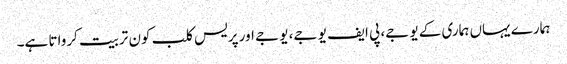
ہمارے یہاں ہماری کے یو جے، پی ایف یو جے، یو جے اور پریس کلب کون تربیت کرواتا ہے۔